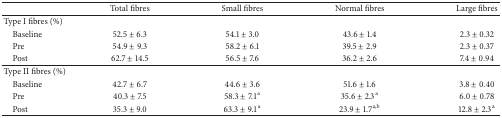
<table><thead><tr><td><b> </b></td><td><b>Total fibres</b></td><td><b>Small fibres</b></td><td><b>Normal fibres</b></td><td><b>Large fibres</b></td></tr></thead><tbody><tr><td colspan="5">Type I fibres (%)</td></tr><tr><td> Baseline</td><td>52.5 ± 6.3</td><td>54.1 ± 3.0</td><td>43.6 ± 1.4</td><td>2.3 ± 0.32</td></tr><tr><td> Pre</td><td>54.9 ± 9.3</td><td>58.2 ± 6.1</td><td>39.5 ± 2.9</td><td>2.3 ± 0.37</td></tr><tr><td> Post</td><td>62.7 ± 14.5</td><td>56.5 ± 7.6</td><td>36.2 ± 2.6</td><td>7.4 ± 0.94</td></tr><tr><td colspan="5">Type II fibres (%)</td></tr><tr><td> Baseline</td><td>42.7 ± 6.7</td><td>44.6 ± 3.6</td><td>51.6 ± 1.6</td><td>3.8 ± 0.40</td></tr><tr><td> Pre</td><td>40.3 ± 7.5</td><td>58.3 ± 7.1<sup>a</sup></td><td>35.6 ± 2.3<sup>a</sup></td><td>6.0 ± 0.78</td></tr><tr><td> Post</td><td>35.3 ± 9.0</td><td>63.3 ± 9.1<sup>a</sup></td><td>23.9 ± 1.7<sup>a,b</sup></td><td>12.8 ± 2.3<sup>a</sup></td></tr></tbody></table>